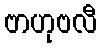
ဗာဟုဗလီ